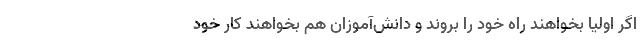
اگر اولیا بخواهند راه خود را بروند و دانش‌آموزان هم بخواهند کار خود